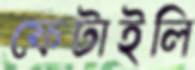
ফেটাইলি